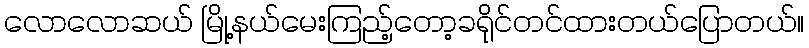
လောလောဆယ် မြို့နယ်မေးကြည့်တော့ခရိုင်တင်ထားတယ်ပြောတယ်။